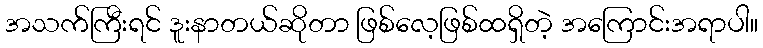
အသက်ကြီးရင် ဒူးနာတယ်ဆိုတာ ဖြစ်လေ့ဖြစ်ထရှိတဲ့ အကြောင်းအရာပါ။